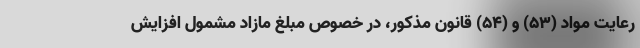
رعایت مواد (۵۳) و (۵۴) قانون مذکور، در خصوص مبلغ مازاد مشمول افزایش